Report on the cholera epidemic of
Year: 1868
Disease focus: Cholera
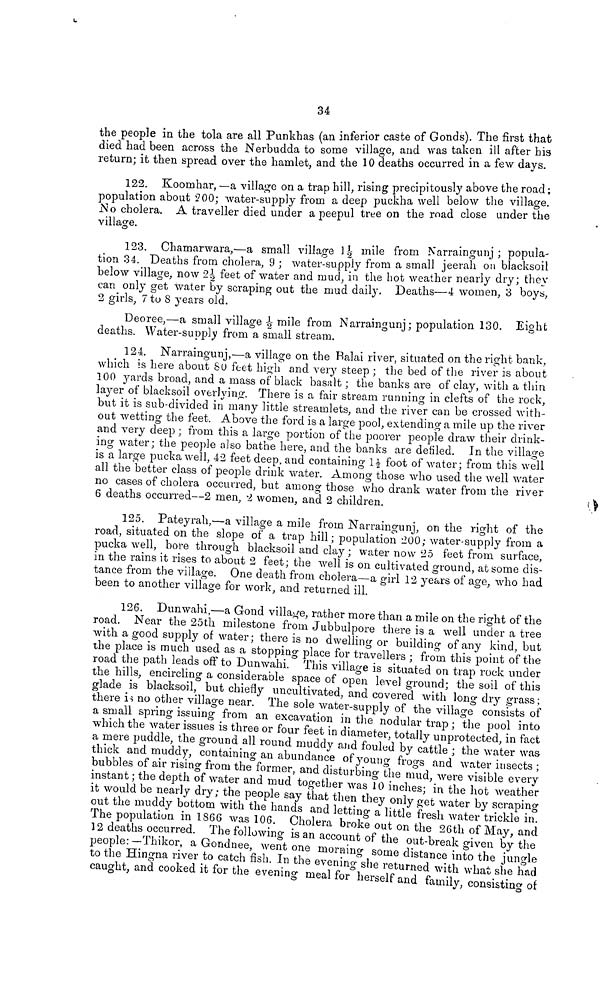
34
the people in the tola are all Punkhas (an inferior caste of Gonds). The first that
died had been across the Nerbudda to some village, and was taken ill after his
return; it then spread over the hamlet, and the 10 deaths occurred m a lew days.
122. Koomhar, —a village on a trap bill, rising precipitously above the road ;
population about 200; water-supply from a deep puckha well below the village.
No cholera. A traveller died under a peepul tree on the road close under the
village.
123. Chamarwara,—a small village 11½ mile from Narraingunj ; popula-
tion 34. Deaths from cholera, 9 ; water-supply from a small jeerah on blacksoil
below village, now 2½ feet of water and mud, in the hot weather nearly dry; they
can only get water by scraping out the mud daily. Deaths—4 women, 3 boys,
2 girls, 7 to 8 years old.
Deoree,—a small village ½ mile from Narraingunj; population 130. Eight
deaths. Water-supply from a small stream.
124. Narraingunj,—a village on the Balai river, situated on the right bank,
which is here about 80 feet high and very steep ; the bed of the river is about
100 yards broad, and a mass of black basalt ; the banks are of clay, with a thin
layer of blacksoil overlying. There is a fair stream running in clefts of the rock,
but it is sub-divided in many little streamlets, and the river can be crossed with-
out wetting the feet. Above the ford is a large pool, extending a mile up the river
and very deep ; from this a large portion of the poorer people draw their drink-
ing water; the people also bathe here, and the banks are defiled. In the village
is a large pucka well, 42 feet deep, and containing 1½ foot of water; from this well
all the better class of people drink water. Among those who used the well water
no cases of cholera occurred, but among those who drank water from the river
6 deaths occurred--2 men, 2 women, and 2 children,
125. Pateyrah,—a village a mile from Narraingunj, on the right of the
road, situated on the slope of a trap hill; population 200; water-supply from a
pucka well, bore through blacksoil and clay ; water now 25 feet from surface,
in the rains it rises to about 2 feet; the well is on cultivated ground, at some dis-
tance from the village. One death from cholera—a girl 12 years of age, who had
been to another village for work, and returned ill.
126. Dunwahi,—a Gond village, rather more than a mile on the right of the
road. Near the 25th milestone from Jubbulpore there is a well under a tree
with a good supply of water; there is no dwelling or building of any kind, but
the place is much used as a stopping place for travellers ; from this point of the
road the path leads off to Dunwahi. This village is situated on trap rock under
the hills, encircling a considerable space of open level ground; the soil of this
glade is blacksoil, but chiefly uncultivated, and covered with long dry grass ;
there is no other village near. The sole water-supply of the village 3 consists of
a small spring issuing from an excavation in the nodular trap ; the pool into
which the water issues is three or four feet in diameter, totally unprotected, in fact
a mere puddle, the ground all round muddy and fouled by cattle ; the water was
thick and muddy, containing an abundance of young frogs and water insects ;
bubbles of air rising from the former, and disturbing the mud, were visible every
instant ; the depth of water and mud together was 10 inches; 'in the hot weather
it would be nearly dry ; the people say that then they only get water by scraping-
out the muddy bottom with the hands and letting a little fresh water trickle in
The population in 1866 was 106. Cholera broke out on the 26th of May, and
12 deaths occurred. The following is an account of the out-break given by the
people:—Thikor, a Gondnee, went one morning some distance into the jungle
to the Hingna river to catch fish. In the evening she returned with what she had
caught, and cooked it for the evening meal for herself and family, consisting of